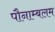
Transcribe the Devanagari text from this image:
पौनाम्बलम